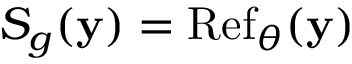
S _ { g } ( \mathbf { y } ) = \operatorname { R e f } _ { \theta } ( \mathbf { y } )